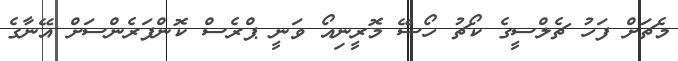
މެޗަށް ފަހު ޗެލްސީގެ ކޯޗު ހޯސޭ މޮރީނިއޯ ވަނީ ޕްރެސް ކޮންފަރެންސަށް އޭނާގެ